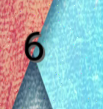
6